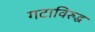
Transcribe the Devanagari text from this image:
गटाविरुद्ध